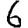
Digit: 6